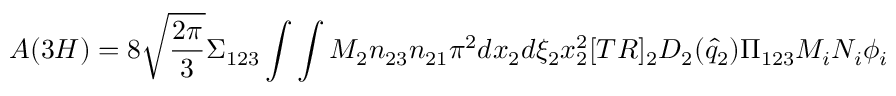
A ( 3 H ) = 8 { \sqrt { \frac { 2 \pi } { 3 } } } \Sigma _ { 1 2 3 } \int \int M _ { 2 } { n _ { 2 3 } n _ { 2 1 } } \pi ^ { 2 } d x _ { 2 } d \xi _ { 2 } x _ { 2 } ^ { 2 } [ T R ] _ { 2 } D _ { 2 } ( { \hat { q } } _ { 2 } ) { \Pi _ { 1 2 3 } { M _ { i } N _ { i } \phi _ { i } } }